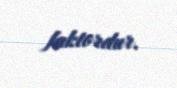
faktordur.